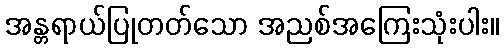
အန္တရာယ်ပြုတတ်သော အညစ်အကြေးသုံးပါး။